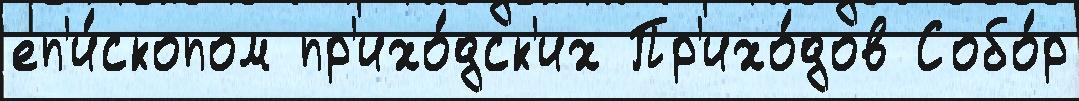
еп'и́скопом пр'ихо́дск'их Пр'ихо́дов Собо́р